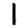
Digit: 1